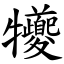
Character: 犪